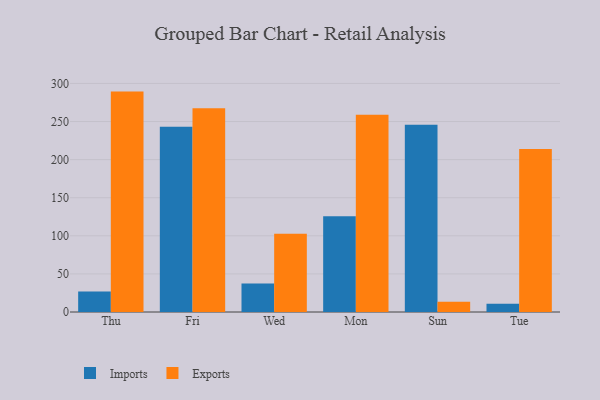
{"axis": {"x": "Day", "y": "Waste Production (Tons)"}, "legend": ["Exports", "Imports"], "data": [{"x": "Thu", "y": 27.0, "type": "Imports"}, {"x": "Thu", "y": 289.3, "type": "Exports"}, {"x": "Fri", "y": 243.0, "type": "Imports"}, {"x": "Fri", "y": 267.5, "type": "Exports"}, {"x": "Wed", "y": 37.5, "type": "Imports"}, {"x": "Wed", "y": 102.8, "type": "Exports"}, {"x": "Mon", "y": 125.8, "type": "Imports"}, {"x": "Mon", "y": 258.8, "type": "Exports"}, {"x": "Sun", "y": 245.8, "type": "Imports"}, {"x": "Sun", "y": 13.4, "type": "Exports"}, {"x": "Tue", "y": 10.9, "type": "Imports"}, {"x": "Tue", "y": 214.1, "type": "Exports"}]}